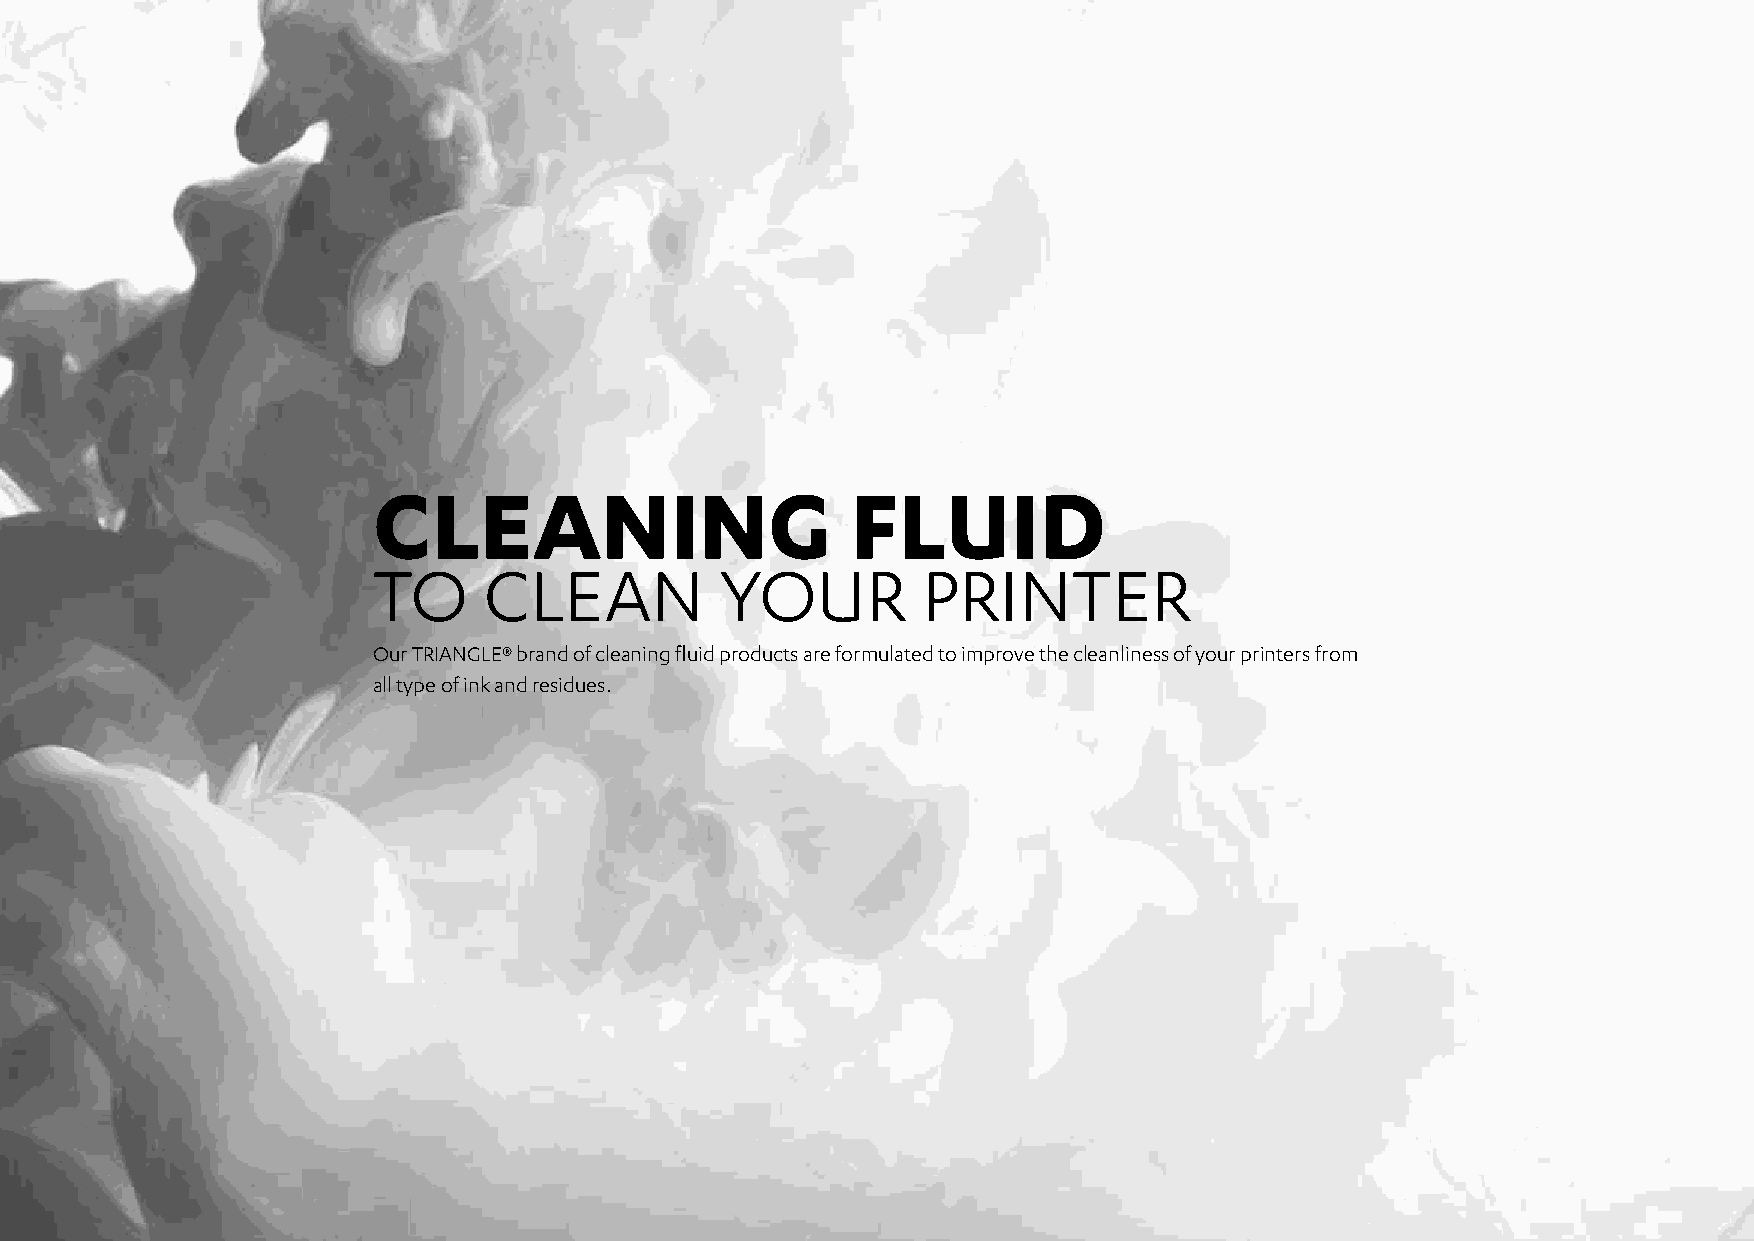
CLEANING                       FLUID
 TO     CLEAN           YOUR         PRINTER
 Our TRIANGLE® brand of cleaning fluid products are formulated to improve the cleanliness of your printers from
 all type of ink and residues.